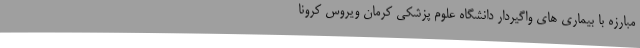
مبارزه با بیماری های واگیردار دانشگاه علوم پزشکی کرمان ویروس کرونا